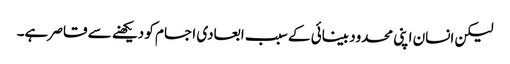
لیکن انسان اپنی محدود بینائی کے سبب ابعادی اجسام کو دیکھنے سے قاصر ہے۔